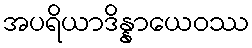
အပရိယာဒိန္နာယေဝဿ